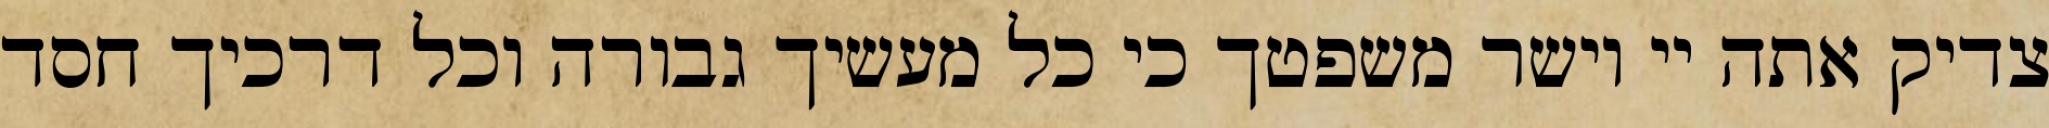
צדיק אתה יי וישר משפטך כי כל מעשיך גבורה וכל דרכיך חסד